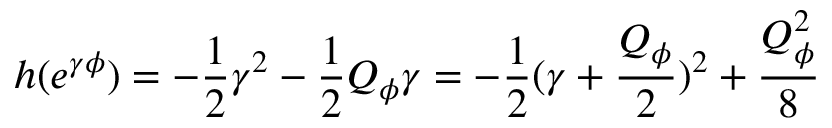
h ( e ^ { \gamma \phi } ) = - { \frac { 1 } { 2 } } \gamma ^ { 2 } - { \frac { 1 } { 2 } } Q _ { \phi } \gamma = - { \frac { 1 } { 2 } } ( \gamma + { \frac { Q _ { \phi } } { 2 } } ) ^ { 2 } + { \frac { Q _ { \phi } ^ { 2 } } { 8 } }